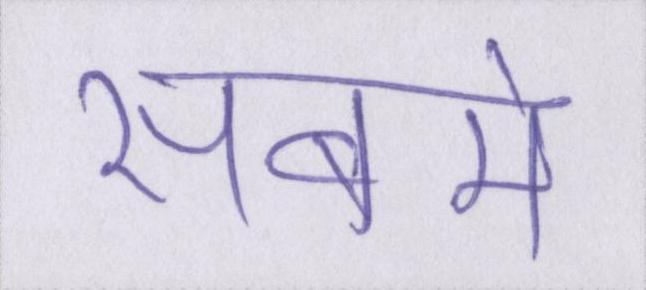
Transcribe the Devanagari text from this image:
सबमे